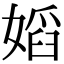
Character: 嫍